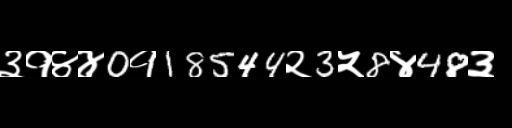
Text: ३१४४0१18544२3५8४48३